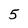
Character: 5